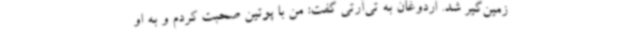
زمین‌گیر شد. اردوغان به تی‌آرتی‌ گفت: من با پوتین صحبت کردم و به او